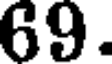
69.